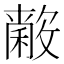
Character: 𱶢